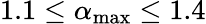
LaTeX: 1.1\leq\alpha_{\mathrm{max}}\leq 1.4